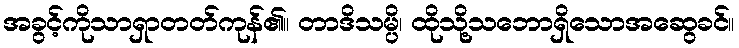
အခွင့်ကိုသာရှာတတ်ကုန်၏။ တာဒိသမ္ပိ၊ ထိုသို့သဘောရှိသောအဆွေခင်။